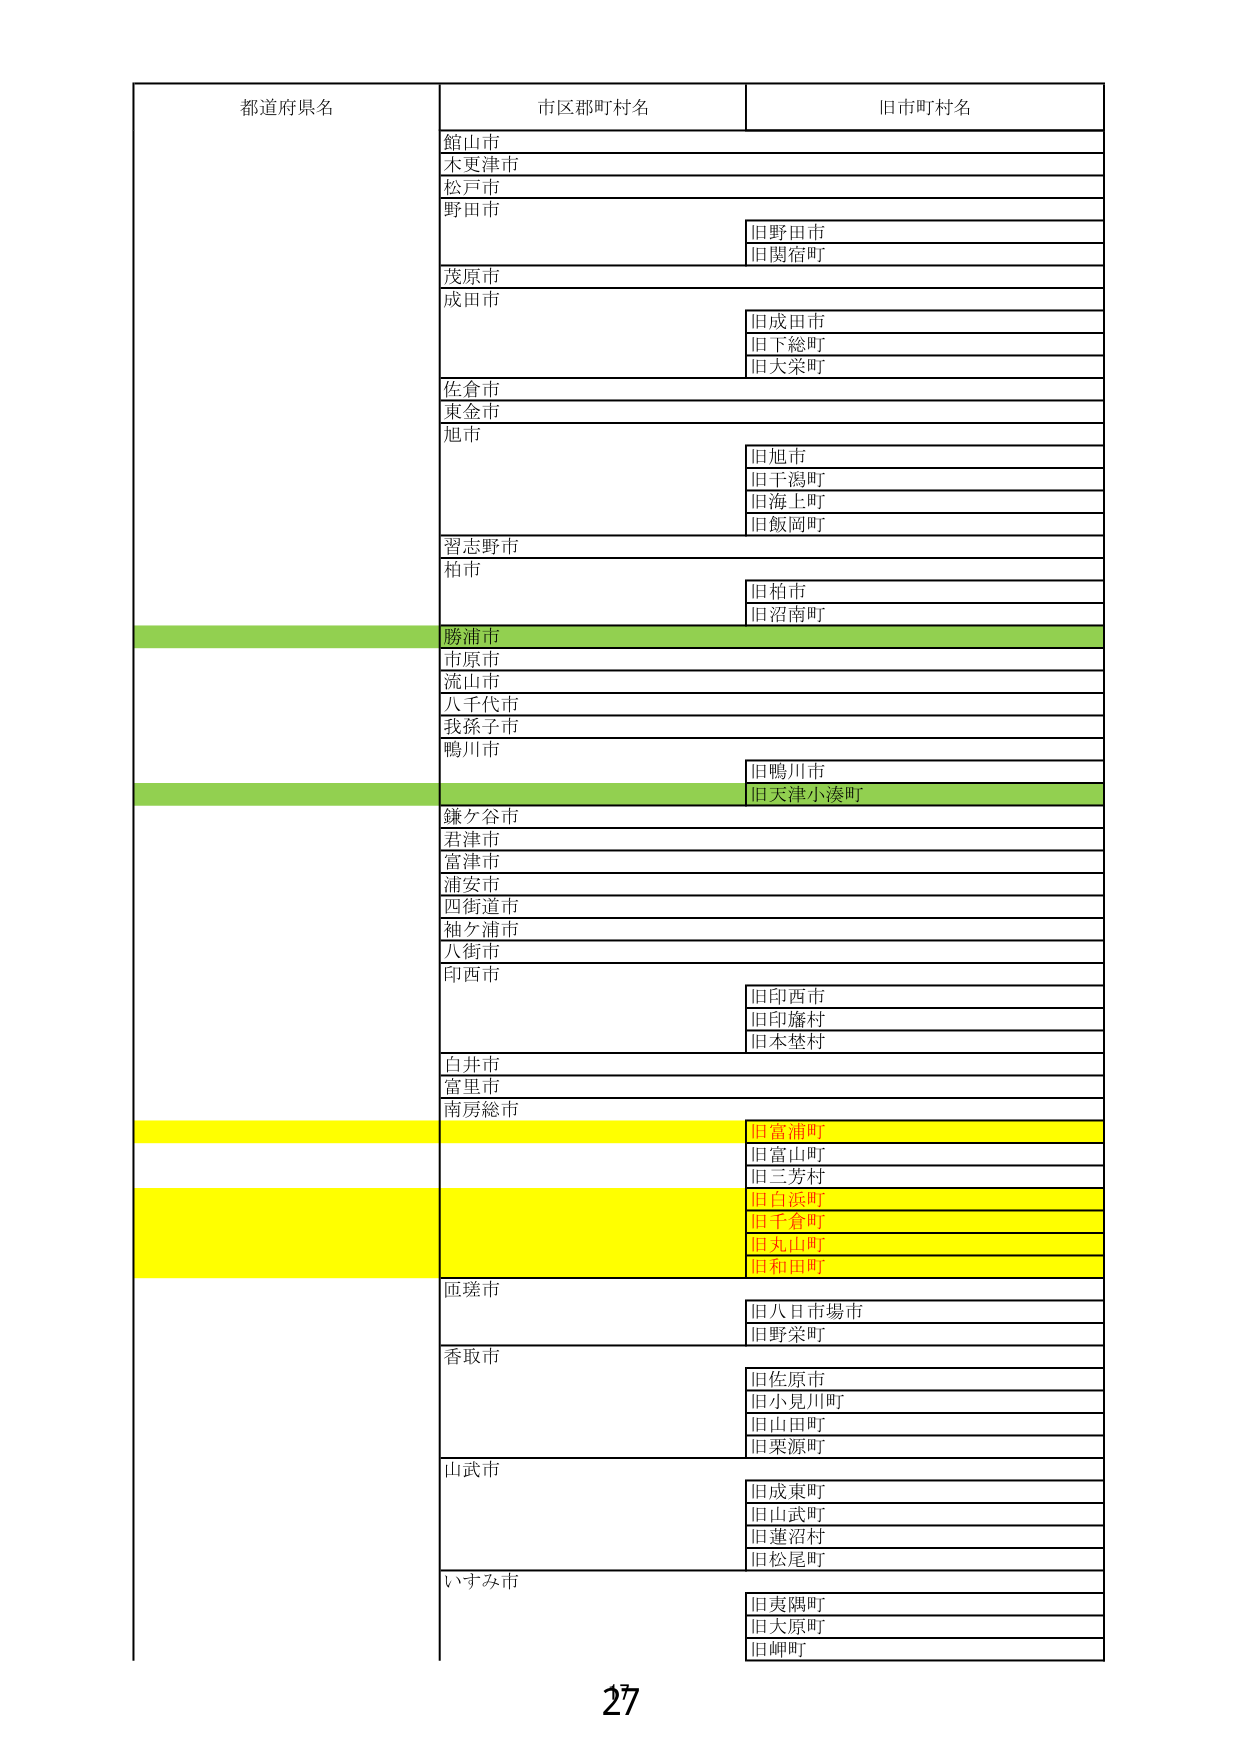
都道府県名
市区郡町村名
旧市町村名
館山市
木更津市
松戸市
野田市
旧野田市
旧関宿町
茂原市
成田市
旧成田市
旧下総町
旧大栄町
佐倉市
東金市
旭市
旧旭市
旧千潟町
旧海上町
旧飯岡町
習志野市
柏市
旧柏市
旧沼南町
勝浦市
市原市
流山市
八千代市
我孫子市
鴨川市
旧鴨川市
旧天津小湊町
鎌ケ谷市
君津市
富津市
浦安市
四街道市
袖ケ浦市
八街市
印西市
旧印西市
旧印旛村
旧本埜村
白井市
富里市
南房総市
旧富浦町
旧富山町
旧三芳村
旧白浜町
旧千倉町
旧丸山町
旧和田町
匝瑳市
旧八日市場市
旧野栄町
香取市
旧佐原市
旧小見川町
旧山田町
旧栗源町
山武市
旧成東町
旧山武町
旧蓮沼村
旧松尾町
いすみ市
旧夷隅町
旧大原町
旧岬町
27